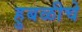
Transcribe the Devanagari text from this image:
हुबळीचे